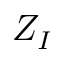
Z _ { I }